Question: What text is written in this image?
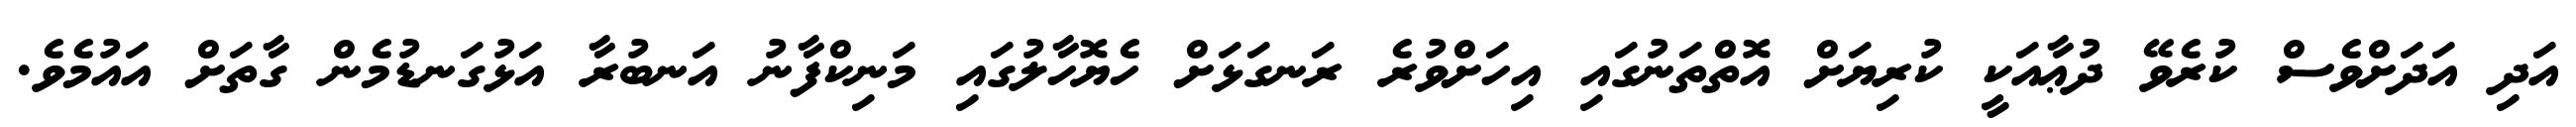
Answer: އަދި އަދަށްވެސް ކުރެވޭ ދުޢާއަކީ ކުރިޔަށް އޮތްތަނުގައި އިހަށްވުރެ ރަނގަޅަށް ހެޔޮހާލުގައި މަނިކްފާނު އަނބުރާ އަޅުގަނޑުމެން ގާތަށް އައުމެވެ.